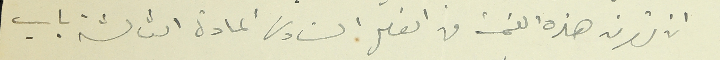
ان تصرف هذه القيمة من الفصل السَادس المادة الثالثة باب